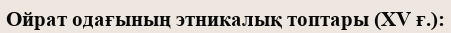
Ойрат одағының этникалық топтары (XV ғ.):